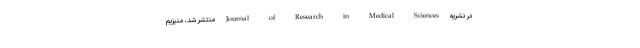
در نشریه Journal of Research in Medical Sciences منتشر شد، منیزیم